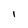
Character: l